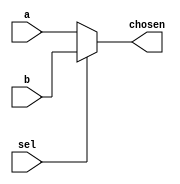
module four_bit_2to1mux (sel,a,b,chosen);
 
	input sel;
	input[3:0] a, b;
	output reg[3:0] chosen;
	
	always @(a, b, sel) begin
		if (sel == 1'b1)
			chosen = b;
		else
			chosen = a;
	end
 
endmodule